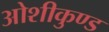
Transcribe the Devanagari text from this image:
ओशीकुण्ड